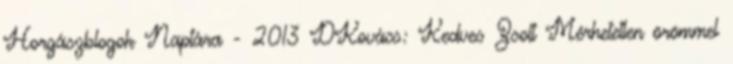
Horgászblogok Naptára - 2013 DKovács: Kedves Zsolt Mérhetetlen örömmel